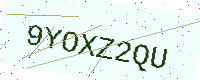
Text: 9YOXZ2QU